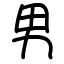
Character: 男